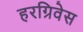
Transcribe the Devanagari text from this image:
हरग्रिवेस